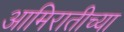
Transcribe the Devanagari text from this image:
आमिरातीच्या